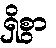
ရှိစွာ